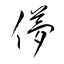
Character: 儚